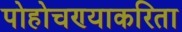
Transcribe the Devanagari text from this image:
पोहोचण्याकरिता